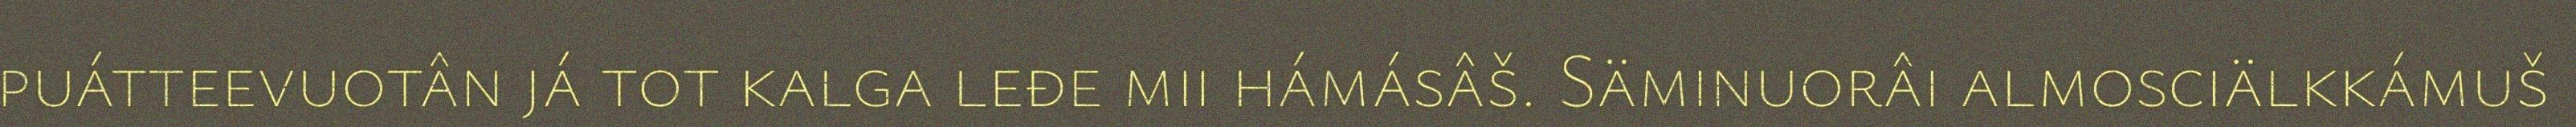
puátteevuotân já tot kalga leđe mii hámásâš. Säminuorâi almosciälkkámuš